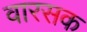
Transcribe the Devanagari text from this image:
वारसक